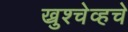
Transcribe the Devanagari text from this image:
ख्रुश्चेव्हचे